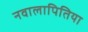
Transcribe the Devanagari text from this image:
नवालापितिया